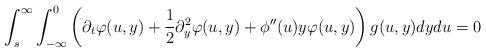
LaTeX: \begin{align*}\int_{s}^{\infty} \int_{-\infty}^{0} \left( \partial_t \varphi(u,y)+\frac{1}{2} \partial^2_y \varphi(u,y)+\phi''(u)y\varphi(u,y) \right) g(u,y) dydu=0\end{align*}